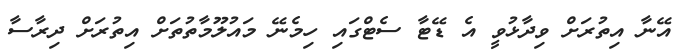
އޭނާ އިތުރަށް ވިދާޅުވީ އެ ޑޭޓާ ސެޓްގައި ހިމެނޭ މައުލޫމާތުތަށް އިތުރަށް ދިރާސާ